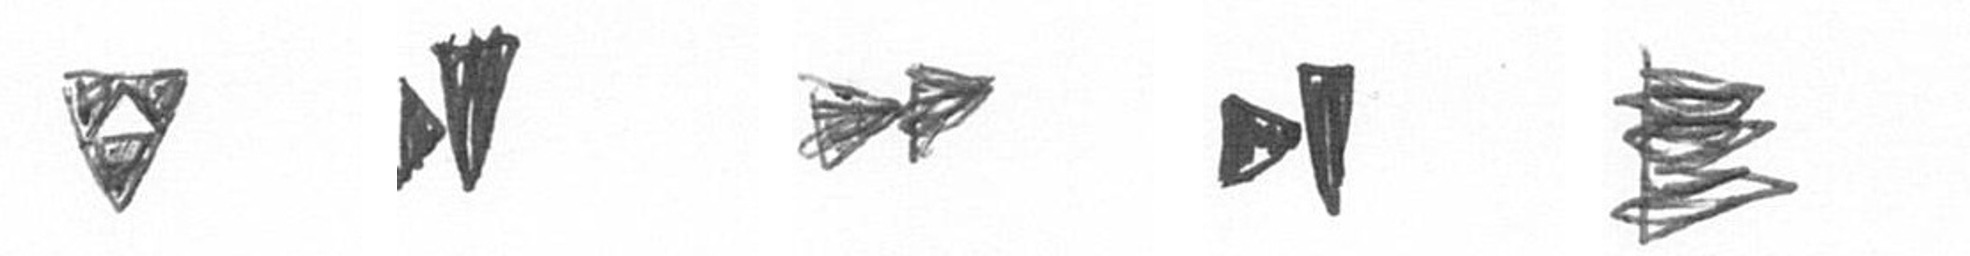
S M A M H